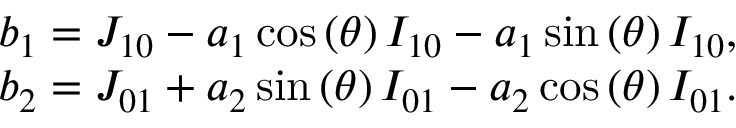
\begin{array} { c } { { b _ { 1 } } = { J _ { 1 0 } } - { a _ { 1 } } \cos \left( \theta \right) { I _ { 1 0 } } - { a _ { 1 } } \sin \left( \theta \right) { I _ { 1 0 } } , } \\ { { b _ { 2 } } = { J _ { 0 1 } } + { a _ { 2 } } \sin \left( \theta \right) { I _ { 0 1 } } - { a _ { 2 } } \cos \left( \theta \right) { I _ { 0 1 } } . } \end{array}